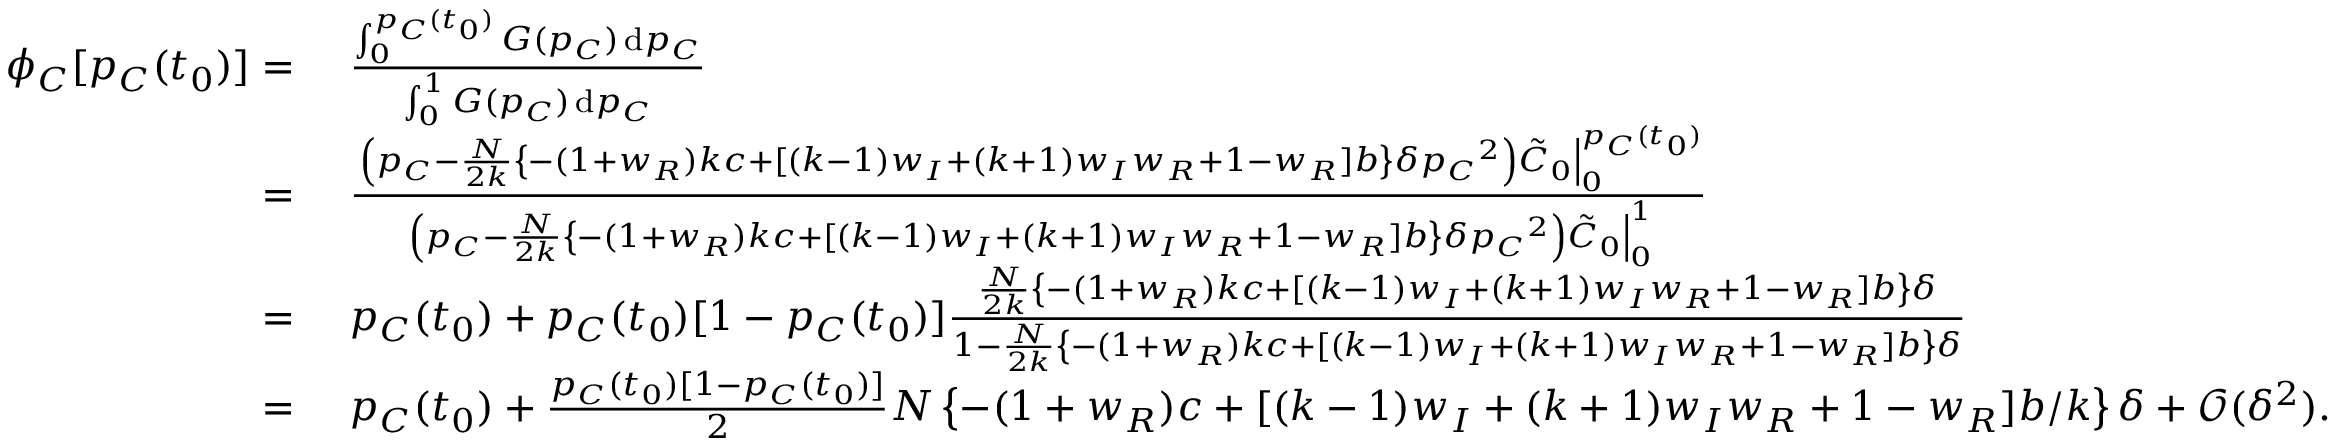
\begin{array} { r l } { \phi _ { C } [ p _ { C } ( t _ { 0 } ) ] = } & { ~ \frac { \int _ { 0 } ^ { p _ { C } ( t _ { 0 } ) } { G ( p _ { C } ) } \, \mathrm { d } p _ { C } } { \int _ { 0 } ^ { 1 } { G ( p _ { C } ) } \, \mathrm { d } p _ { C } } } \\ { = } & { ~ \frac { \left. \left( p _ { C } - \frac { N } { 2 k } \left\{ - ( 1 + w _ { R } ) k c + [ ( k - 1 ) w _ { I } + ( k + 1 ) w _ { I } w _ { R } + 1 - w _ { R } ] b \right\} \delta { p _ { C } } ^ { 2 } \right) \tilde { C } _ { 0 } \right| _ { 0 } ^ { p _ { C } ( t _ { 0 } ) } } { \left. \left( p _ { C } - \frac { N } { 2 k } \left\{ - ( 1 + w _ { R } ) k c + [ ( k - 1 ) w _ { I } + ( k + 1 ) w _ { I } w _ { R } + 1 - w _ { R } ] b \right\} \delta { p _ { C } } ^ { 2 } \right) \tilde { C } _ { 0 } \right| _ { 0 } ^ { 1 } } } \\ { = } & { ~ p _ { C } ( t _ { 0 } ) + p _ { C } ( t _ { 0 } ) [ 1 - p _ { C } ( t _ { 0 } ) ] \frac { \frac { N } { 2 k } \left\{ - ( 1 + w _ { R } ) k c + [ ( k - 1 ) w _ { I } + ( k + 1 ) w _ { I } w _ { R } + 1 - w _ { R } ] b \right\} \delta } { 1 - \frac { N } { 2 k } \left\{ - ( 1 + w _ { R } ) k c + [ ( k - 1 ) w _ { I } + ( k + 1 ) w _ { I } w _ { R } + 1 - w _ { R } ] b \right\} \delta } } \\ { = } & { ~ p _ { C } ( t _ { 0 } ) + \frac { p _ { C } ( t _ { 0 } ) [ 1 - p _ { C } ( t _ { 0 } ) ] } { 2 } N \left\{ - ( 1 + w _ { R } ) c + [ ( k - 1 ) w _ { I } + ( k + 1 ) w _ { I } w _ { R } + 1 - w _ { R } ] b / k \right\} \delta + \mathcal { O } ( \delta ^ { 2 } ) . } \end{array}